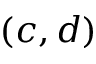
( c , d )